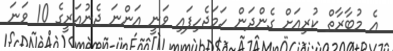
އެ މުބާރާތް ކުރިއަށް ގެންދަން ހަމަޖެހިފައި ވަނީ އަންނަ ޖެނުއަރީގެ 10 ވަނަ